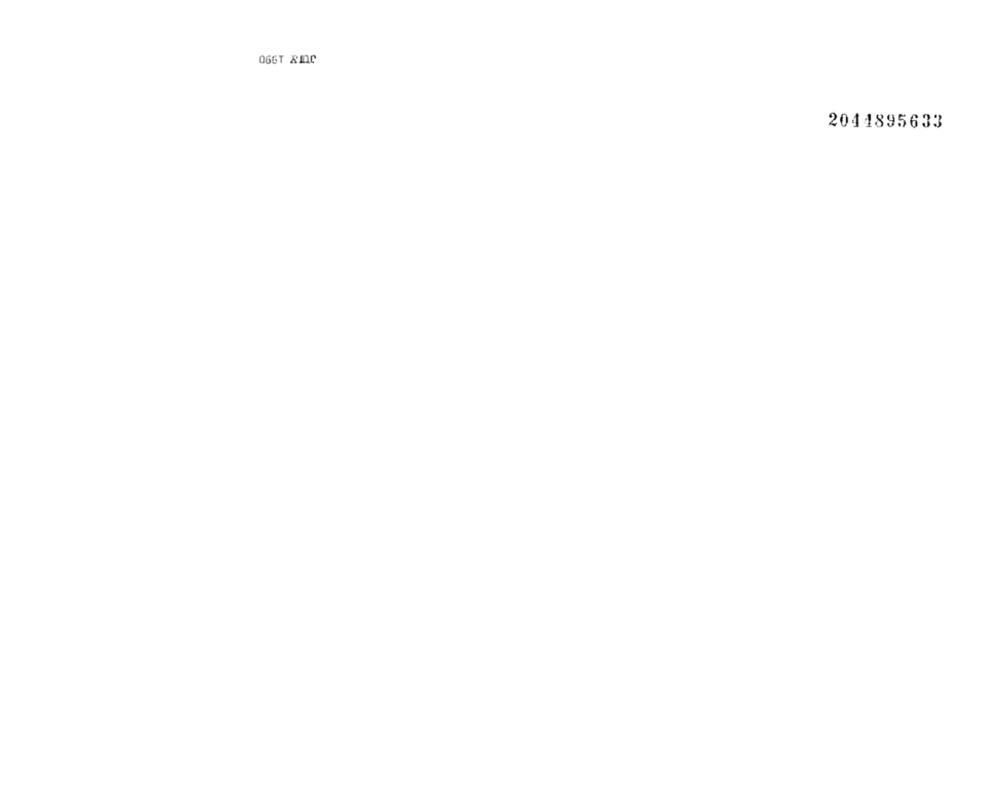
066T XIC
2041895633